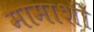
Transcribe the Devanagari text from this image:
मामाशी